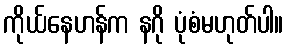
ကိုယ်နေဟန်က နဂို ပုံစံမဟုတ်ပါ။